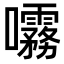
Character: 𫝞